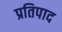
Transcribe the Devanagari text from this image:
प्रतिपाद